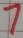
Text: 7